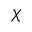
\chi